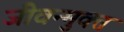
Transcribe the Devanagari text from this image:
जीवन्‍मुक्‍त